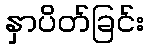
နှာပိတ်ခြင်း